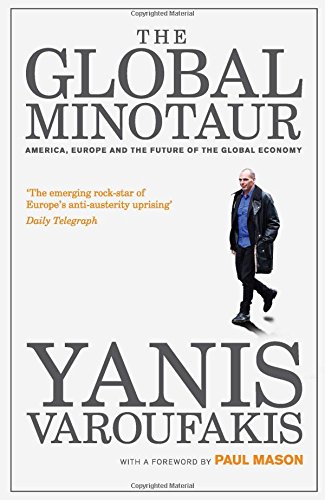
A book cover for The Global Minotaur: America, Europe and the Future of the Global Economy; Yanis Varoufakis; Business & Money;